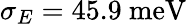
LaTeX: \sigma_{E}=45.9\ \mathrm{meV}